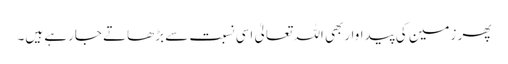
پھر زمین کی پیداواربھی اللہ تعالیٰ اسی نسبت سے بڑھاتے جارہے ہیں۔